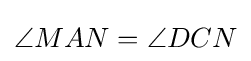
\angle MAN=\angle DCN